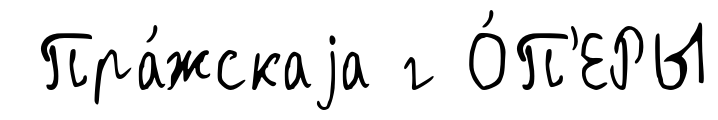
Пра́жскаjа г О́П'ЕРЫ